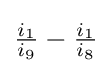
{\tfrac {i_{1}}{i_{9}}}-{\tfrac {i_{1}}{i_{8}}}